Scottish Leaving Certificate Examination, 1954
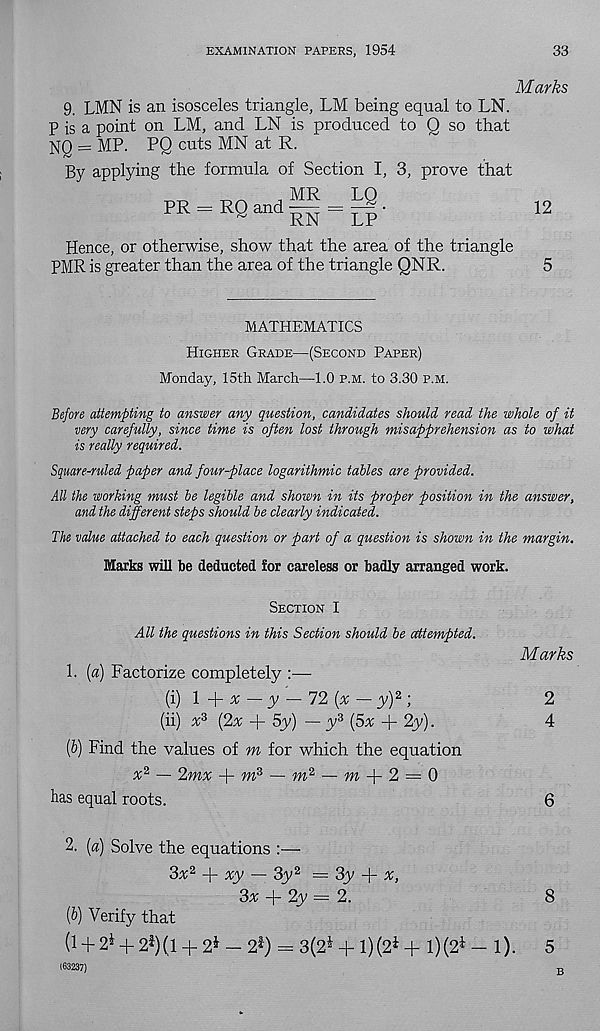
EXAMINATION PAPERS, 1954
33
Marks
9. LMN is an isosceles triangle, LM being equal to LN.
P is a point on LM, and LN is produced to Q so that
NQ = MP. PQ cuts MN at R.
By applying the formula of Section I, 3, prove that
PR = RQ and
MR
RN
LP
Hence, or otherwise, show that the area of the triangle
PMR is greater than the area of the triangle QNR.
12
5
MATHEMATICS
Higher Grade—(Second Paper)
Monday, 15th March—1.0 p.m. to 3.30 p.m.
Before attempting to answer any question, candidates should read the whole of it
very carefully, since time is often lost through misapprehension as to what
is really required.
Square^ruled paper and four-place logarithmic tables are provided.
All the working must be legible and shown in its proper position in the answer,
and the different steps should be clearly indicated.
The value attached to each question or part of a question is shown in the margin.
Marks will be deducted for careless or badly arranged work.
Section I
All the questions in this Section should be ccttempted.
Marks
1. {a) Factorize completely :—
(i) 1 + * - y - 72 (x-y) 2 ;
2
(ii) x 3 [fix + 5y) — y 3 (5x + 2y).
4
[b) Find the values of m for which the equation
x 2 — 2mx
m 3 — m 2 — m
2 = 0
has equal roots.
6
2. (a) Solve the equations :—
3x 2 -\- xy — 3y 2 — 3y
x,
3x -f 2y — 2.
8
(b) Verify that
(1 + 2* + 2 i )(l + 2 J - 2 4 ) = 3(2* + l)(2 i + l)(2 i - 1).
5
163237)
B